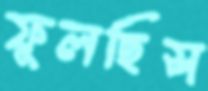
ফুলছিস